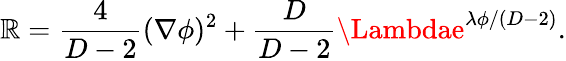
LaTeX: \mathbb{R}=\frac{{4}}{{D-2}}(\nabla\phi)^{2}+\frac{{D}}{{D-2}}\Lambdae^{\lambda\phi/(D-2)}.